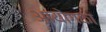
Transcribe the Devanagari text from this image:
आयोगका